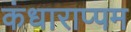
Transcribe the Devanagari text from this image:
कंधाराप्पम